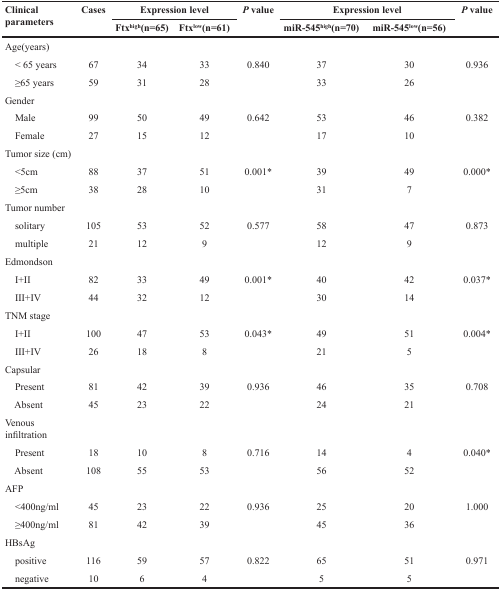
<table><thead><tr><td rowspan="2"><b>Clinical parameters</b></td><td rowspan="2"><b>Cases</b></td><td colspan="2"><b>Expression level</b></td><td rowspan="2"><b><i>P</i> value</b></td><td colspan="2"><b>Expression level</b></td><td rowspan="2"><b><i>P</i> value</b></td></tr><tr><td><b>Ftx<sup>high</sup>(n=65)</b></td><td><b>Ftx<sup>low</sup>(n=61)</b></td><td><b>miR-545<sup>high</sup>(n=70)</b></td><td><b>miR-545<sup>low</sup>(n=56)</b></td></tr></thead><tbody><tr><td>Age(years)</td><td></td><td></td><td></td><td></td><td></td><td></td><td></td></tr><tr><td> &lt; 65 years</td><td>67</td><td>34</td><td>33</td><td>0.840</td><td>37</td><td>30</td><td>0.936</td></tr><tr><td> ≥65 years</td><td>59</td><td>31</td><td>28</td><td></td><td>33</td><td>26</td><td></td></tr><tr><td>Gender</td><td></td><td></td><td></td><td></td><td></td><td></td><td></td></tr><tr><td> Male</td><td>99</td><td>50</td><td>49</td><td>0.642</td><td>53</td><td>46</td><td>0.382</td></tr><tr><td> Female</td><td>27</td><td>15</td><td>12</td><td></td><td>17</td><td>10</td><td></td></tr><tr><td>Tumor size (cm)</td><td></td><td></td><td></td><td></td><td></td><td></td><td></td></tr><tr><td> &lt;5cm</td><td>88</td><td>37</td><td>51</td><td>0.001*</td><td>39</td><td>49</td><td>0.000*</td></tr><tr><td> ≥5cm</td><td>38</td><td>28</td><td>10</td><td></td><td>31</td><td>7</td><td></td></tr><tr><td>Tumor number</td><td></td><td></td><td></td><td></td><td></td><td></td><td></td></tr><tr><td> solitary</td><td>105</td><td>53</td><td>52</td><td>0.577</td><td>58</td><td>47</td><td>0.873</td></tr><tr><td> multiple</td><td>21</td><td>12</td><td>9</td><td></td><td>12</td><td>9</td><td></td></tr><tr><td>Edmondson</td><td></td><td></td><td></td><td></td><td></td><td></td><td></td></tr><tr><td> I+II</td><td>82</td><td>33</td><td>49</td><td>0.001*</td><td>40</td><td>42</td><td>0.037*</td></tr><tr><td> III+IV</td><td>44</td><td>32</td><td>12</td><td></td><td>30</td><td>14</td><td></td></tr><tr><td>TNM stage</td><td></td><td></td><td></td><td></td><td></td><td></td><td></td></tr><tr><td> I+II</td><td>100</td><td>47</td><td>53</td><td>0.043*</td><td>49</td><td>51</td><td>0.004*</td></tr><tr><td> III+IV</td><td>26</td><td>18</td><td>8</td><td></td><td>21</td><td>5</td><td></td></tr><tr><td>Capsular</td><td></td><td></td><td></td><td></td><td></td><td></td><td></td></tr><tr><td> Present</td><td>81</td><td>42</td><td>39</td><td>0.936</td><td>46</td><td>35</td><td>0.708</td></tr><tr><td> Absent</td><td>45</td><td>23</td><td>22</td><td></td><td>24</td><td>21</td><td></td></tr><tr><td>Venous infiltration</td><td></td><td></td><td></td><td></td><td></td><td></td><td></td></tr><tr><td> Present</td><td>18</td><td>10</td><td>8</td><td>0.716</td><td>14</td><td>4</td><td>0.040*</td></tr><tr><td> Absent</td><td>108</td><td>55</td><td>53</td><td></td><td>56</td><td>52</td><td></td></tr><tr><td>AFP</td><td></td><td></td><td></td><td></td><td></td><td></td><td></td></tr><tr><td> &lt;400ng/ml</td><td>45</td><td>23</td><td>22</td><td>0.936</td><td>25</td><td>20</td><td>1.000</td></tr><tr><td> ≥400ng/ml</td><td>81</td><td>42</td><td>39</td><td></td><td>45</td><td>36</td><td></td></tr><tr><td>HBsAg</td><td></td><td></td><td></td><td></td><td></td><td></td><td></td></tr><tr><td> positive</td><td>116</td><td>59</td><td>57</td><td>0.822</td><td>65</td><td>51</td><td>0.971</td></tr><tr><td> negative</td><td>10</td><td>6</td><td>4</td><td></td><td>5</td><td>5</td><td></td></tr></tbody></table>